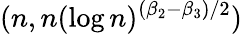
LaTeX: (n,n(\log n)^{(\beta_{2}-\beta_{3})/2})